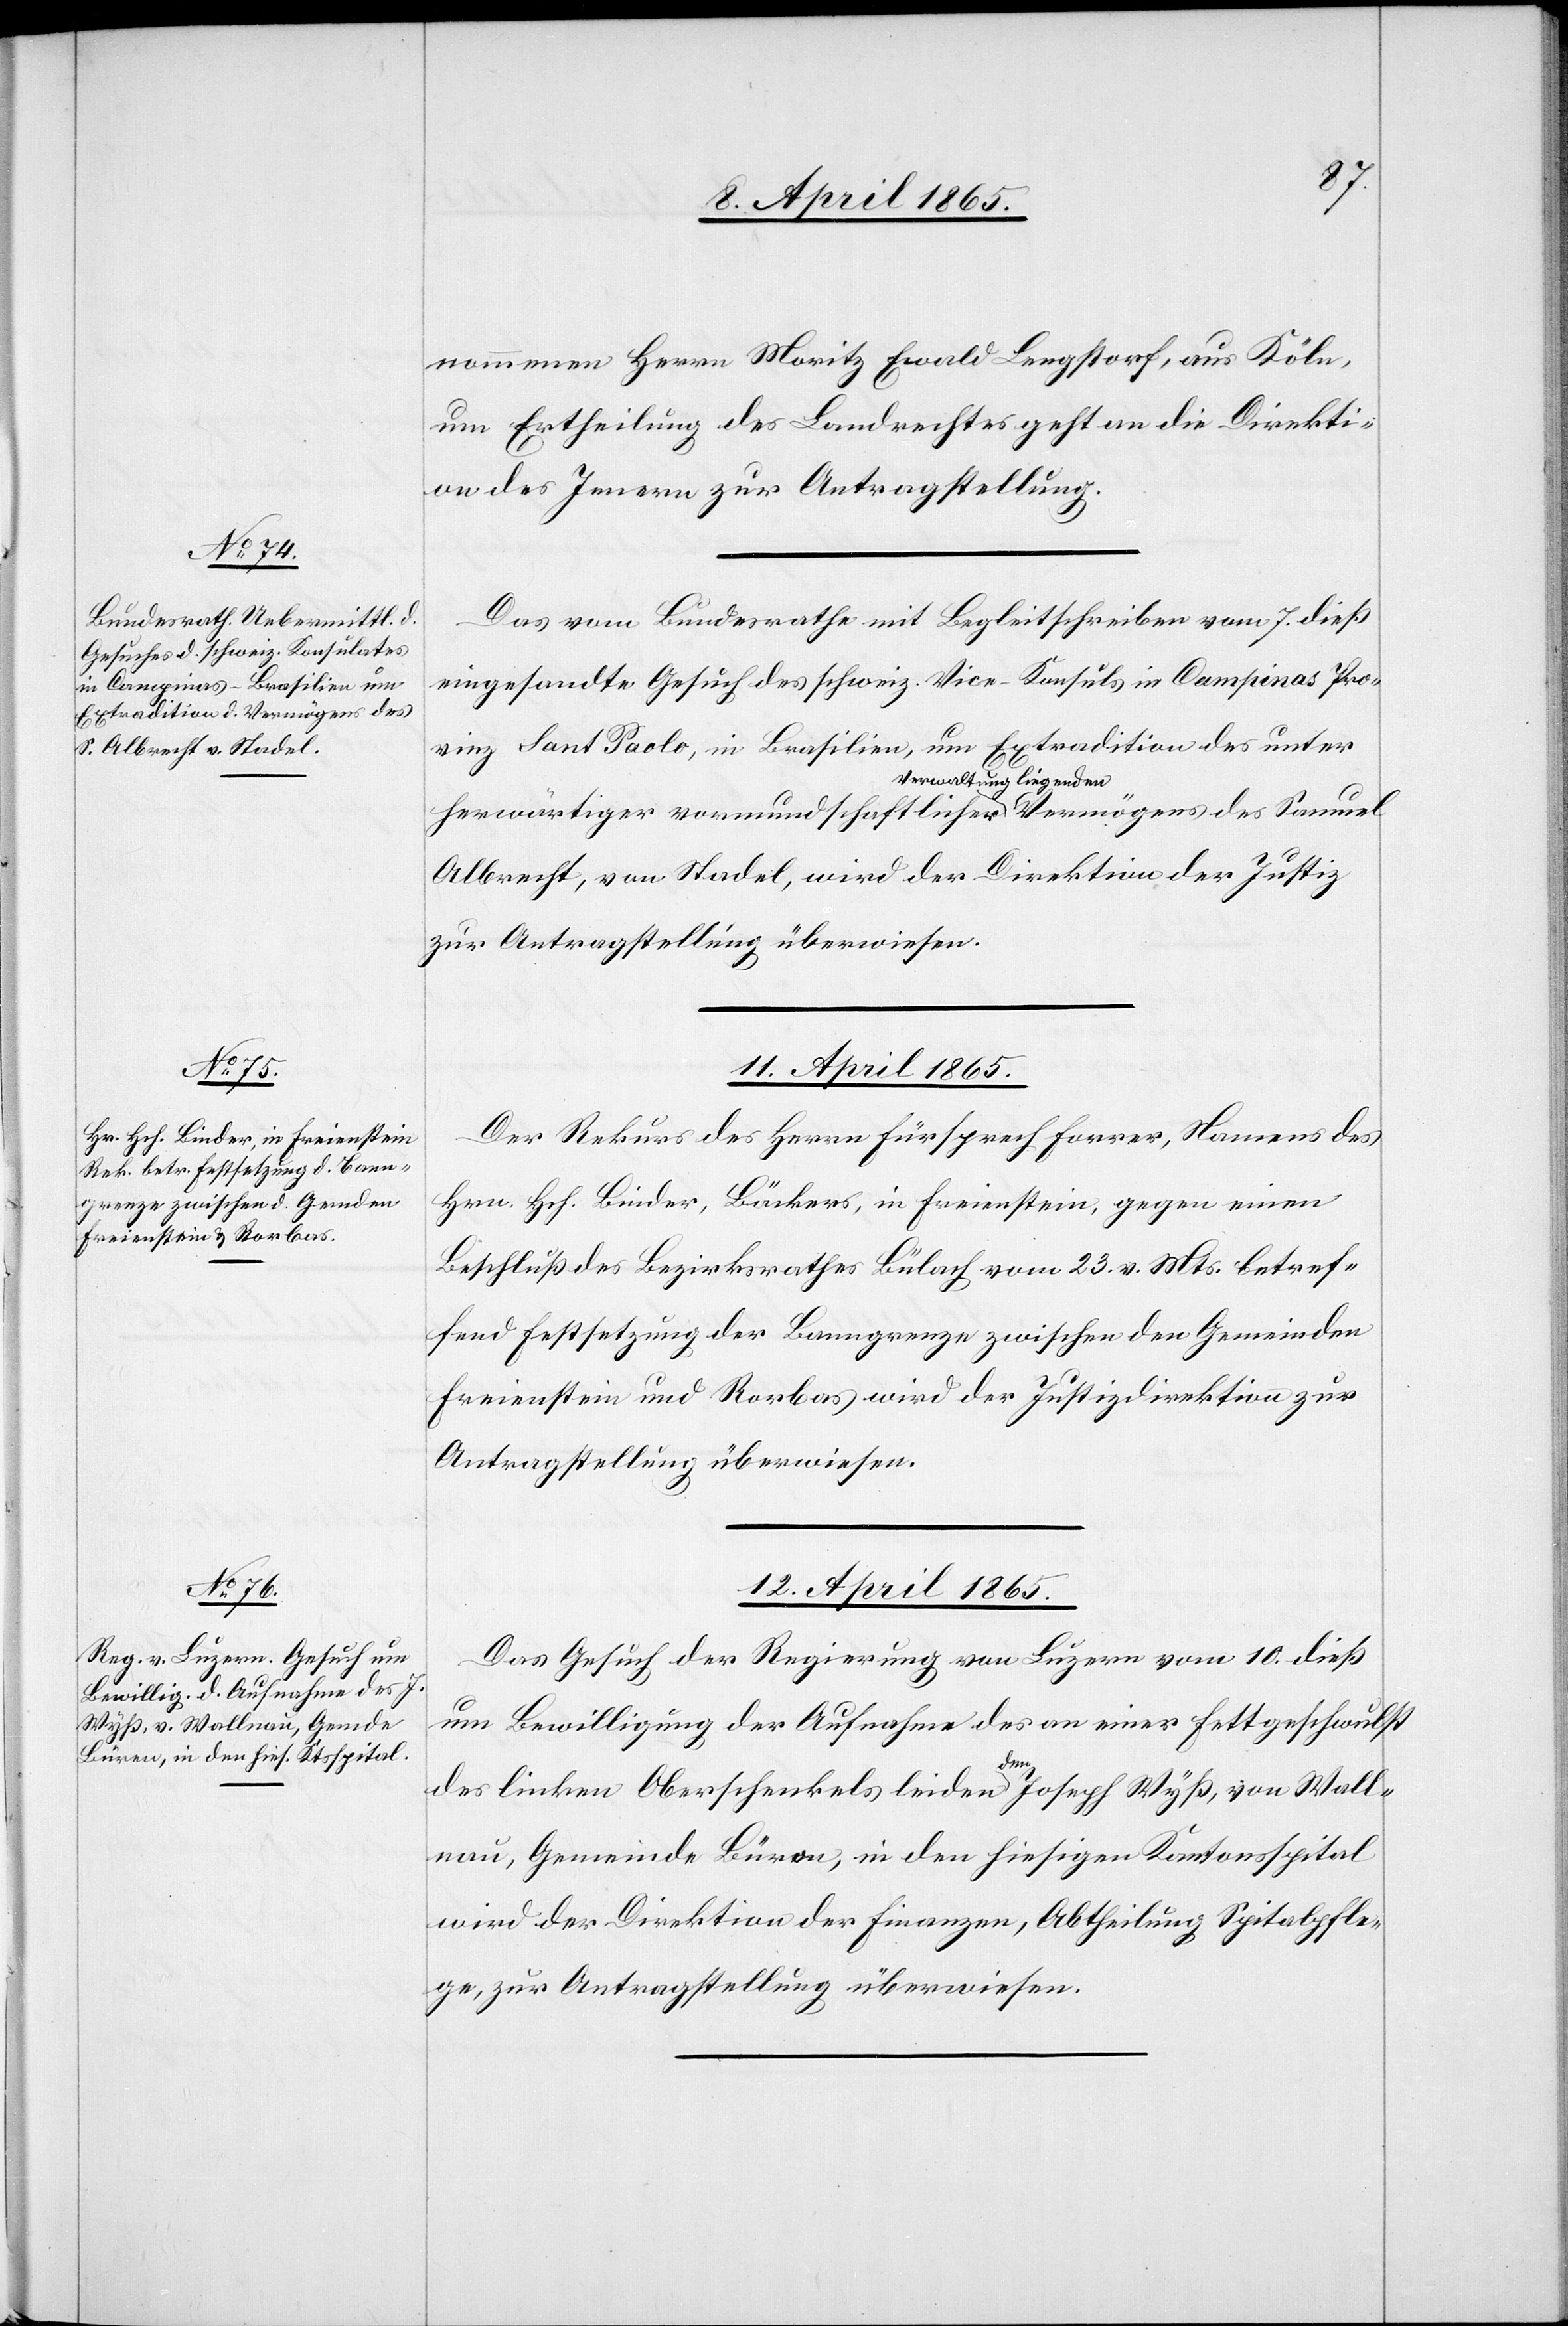
10. April 1865.]
nommenen Herrn Moritz Ewald Lengstorf, aus Köln,
um Ertheilung des Landrechtes geht an die Direkti¬
on des Innern zur Antragstellung.
Das vom Bundesrathe mit Begleitschreiben vom 7. dieß
eingesandte Gesuch des schweiz. Vice-Konsuls in Campinas Pro¬
vinz Sant Paolo, in Brasilien, um Extradition des unter
herwärtiger vormundschaftlicher Verwaltung liegenden
Albrecht, von Stadel, wird der Direktion der Justiz
zur Antragstellung überwiesen.
11. April 1865.
Der Rekurs des Herrn Fürsprech Forrer, Namens des
Hrn. Hch. Binder, Bäckers, in Freienstein, gegen einen
Beschluß des Bezirksrathes Bülach vom 23. v. Mts. betref¬
fend Festsetzung der Banngrenze zwischen den Gemeinden
Freienstein und Rorbas wird der Justizdirektion zur
Antragstellung überwiesen.
12. April 1865.
Das Gesuch der Regierung von Luzern vom 10. dieß
um Bewilligung der Aufnahme des an einer Fettgeschwulst
des
des linken Oberschenkels leidenden Joseph Wyß, von Wall¬
nau, Gemeinde Büron, in den hiesigen Kantonsspital
wird der Direktion der Finanzen, Abtheilung Spitalpfle¬
ge, zur Antragstellung überwiesen.